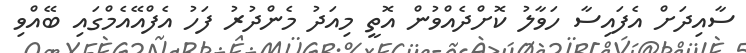
ސާއިދަށް އެފައިސާ ހަވާލު ކޮށްދެއްވުން އޮތީ މިއަދު މެންދުރު ފަހު އެފްއޭއެމްގައި ބޭއްވި